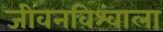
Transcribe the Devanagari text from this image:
जीवनविश्वाला